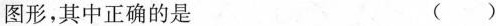
图形，其中正确的是()